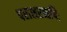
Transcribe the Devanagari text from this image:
पराशरऋषिः